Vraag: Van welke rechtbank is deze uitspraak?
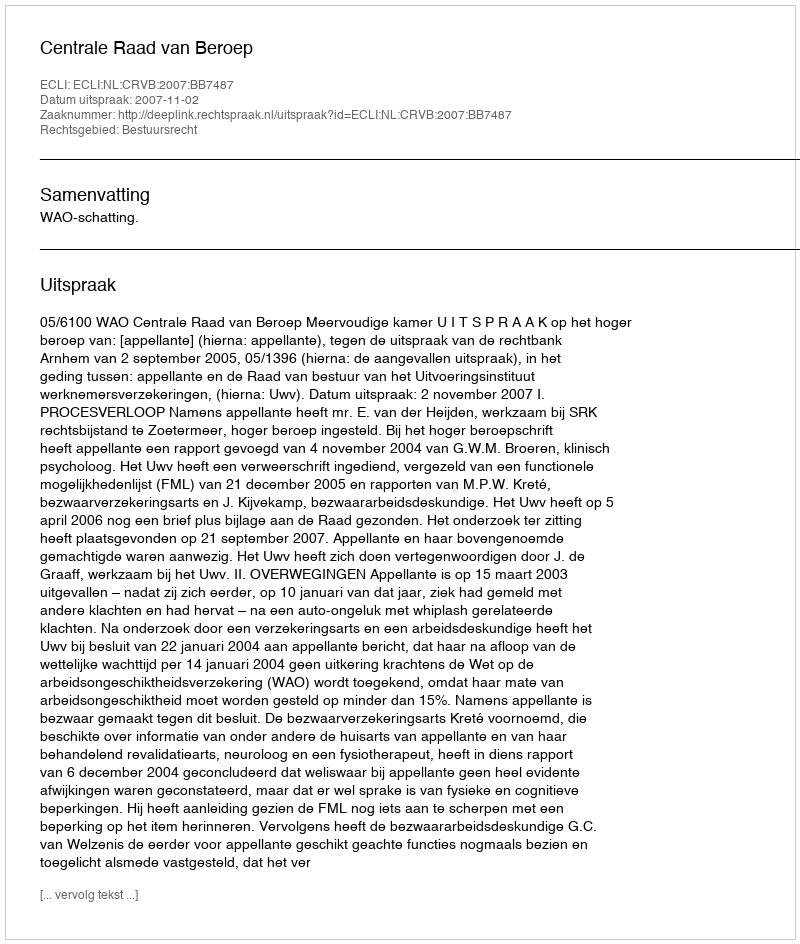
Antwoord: Centrale Raad van Beroep